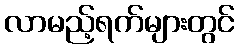
လာမည့်ရက်များတွင်